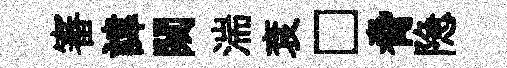
審諱闚湍袞□脅隐